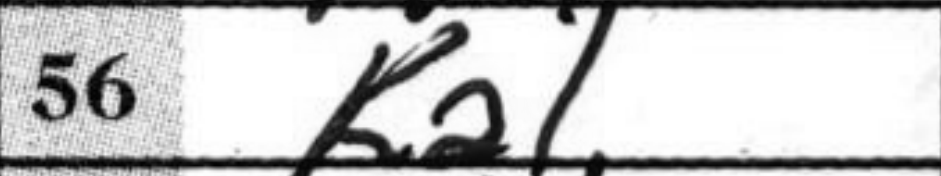
Transcription: Ka1